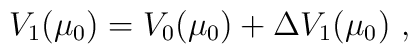
V_1 (\mu_0) = V_0 (\mu_0) + {\Delta} V_1 (\mu_0) \ ,